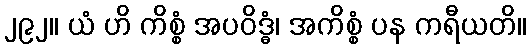
၂၉၂။ ယံ ဟိ ကိစ္စံ အပဝိဒ္ဓံ၊ အကိစ္စံ ပန ကရီယတိ။